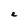
Character: e